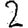
Digit: 2